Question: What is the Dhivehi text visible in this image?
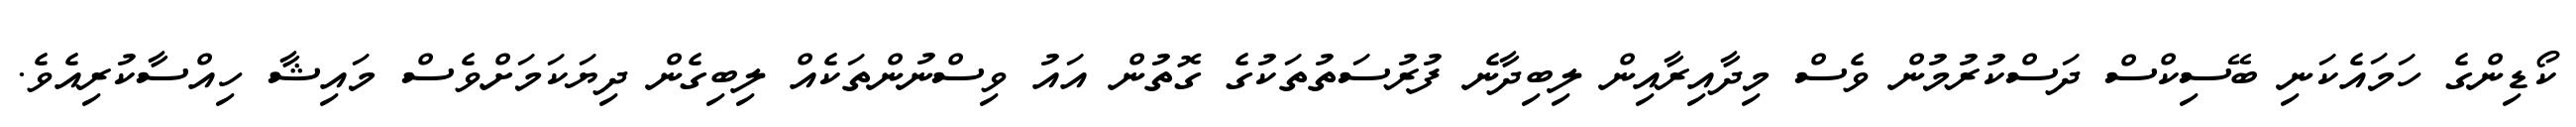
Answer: ކޯޑިންގެ ހަމައެކަނި ބޭސިކްސް ދަސްކުރުމުން ވެސް މިދާއިރާއިން ލިބިދާނެ ފުރުސަތުތަކުގެ ގޮތުން އައު ވިސްނުންތަކެއް ލިބިގެން ދިޔަކަމަށްވެސް މައިޝާ ހިއްސާކުރިއެވެ.